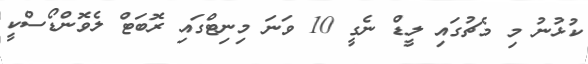
ކުޅުނު މި މެޗުގައި ލީޑް ނެގީ 10 ވަނަ މިނިޓްގައި ރޮބަޓް ލެވޮންޑޯސްކީ